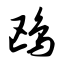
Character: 鸥